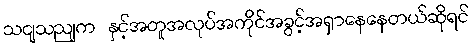
သငျသညျက နှင့်အတူအလုပ်အကိုင်အခွင့်အရှာနေနေတယ်ဆိုရင်